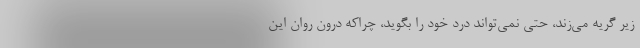
زیر گریه می‌زند، حتی نمی‌تواند درد خود را بگوید، چراکه درون روان این